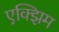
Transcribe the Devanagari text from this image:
एक्झिम